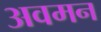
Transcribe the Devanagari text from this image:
अवमन